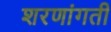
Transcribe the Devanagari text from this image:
शरणांगती